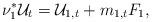
LaTeX: \begin{align*}\nu_1^* \mathcal{U}_t = \mathcal{U}_{1,t} + m_{1,t} F_1, \end{align*}